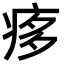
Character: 痑